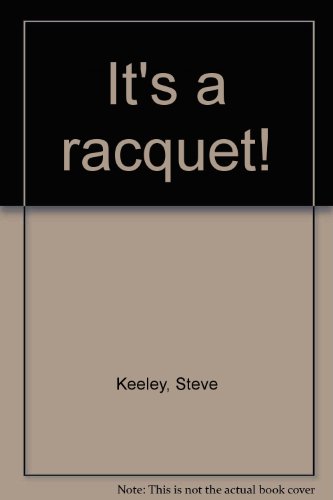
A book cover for It's a racquet!; Steve Keeley; Sports & Outdoors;